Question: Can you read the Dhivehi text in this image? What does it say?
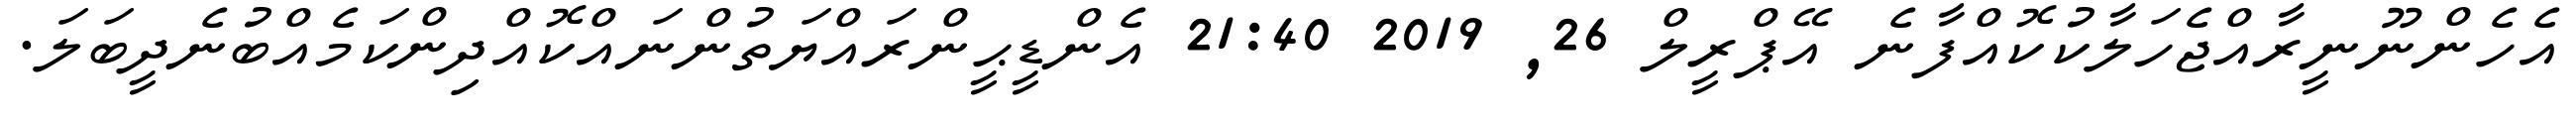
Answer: އެހެންނޫނީރާއްޖެހަލާކުކޮއްފާނެ އޭޕްރީލް 26, 2019 21:40 އެންޑީޙީންރައްޔަތުންނައްކޮއްދިންކަމެއްބުނެދީބަލަ.